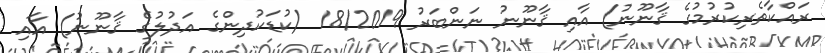
ރައްކާތެރިކުރުމުގެ ޤާނޫނު) އާއި ޤާނޫނު ނަންބަރު 18/2019 (ކުޑަކުދިންގެ އަދުލުގެ ޤާނޫނު) އާއި